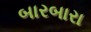
બારબારા